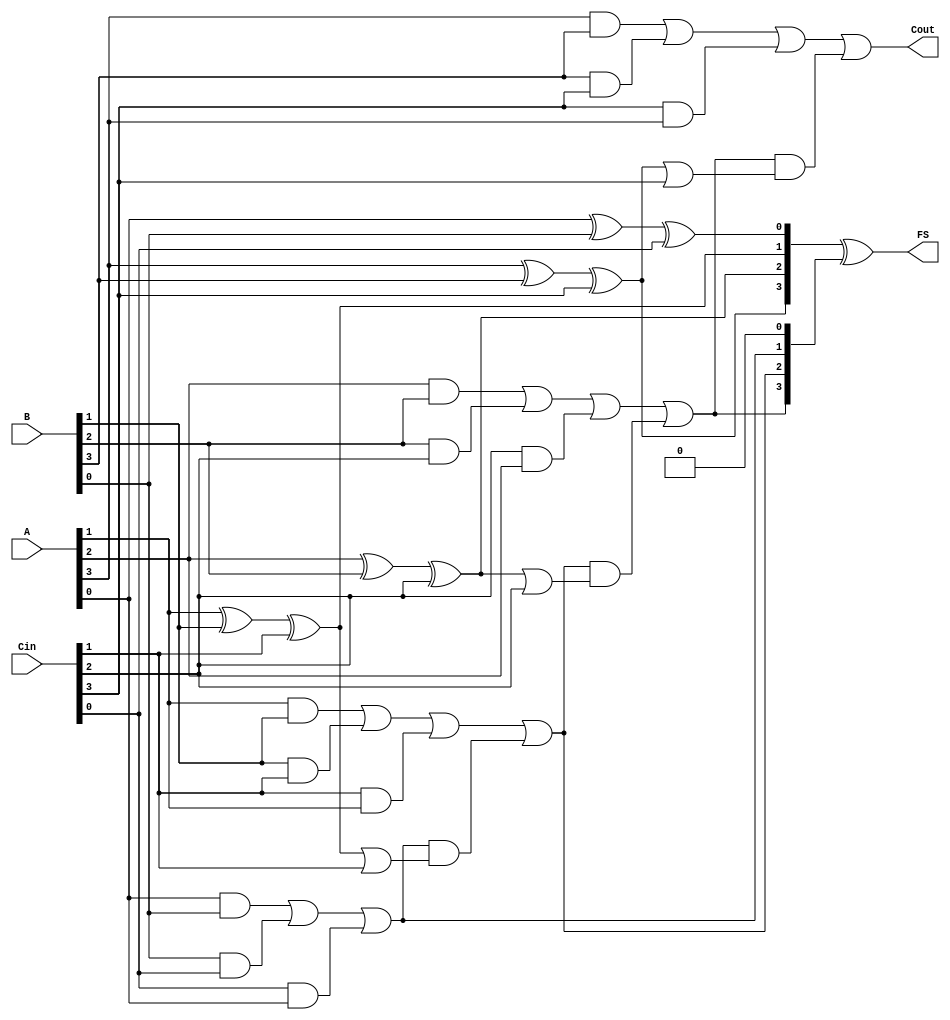
module CarrySaveAdder #(parameter WIDTH = 4) (
    input  wire [WIDTH-1:0] A,      // First input
    input  wire [WIDTH-1:0] B,      // Second input
    input  wire [WIDTH-1:0] Cin,     // Carry input
    output wire [WIDTH-1:0] FS,      // Final Sum
    output wire Cout                 // Final Carry Out
);

    // Partial Sum and Carry Generation
    wire [WIDTH-1:0] S; // Partial Sum
    wire [WIDTH-1:0] C; // Partial Carry

    // Generate Partial Sum and Carry
    genvar i;
    generate
        for (i = 0; i < WIDTH; i = i + 1) begin : CSA
            assign S[i] = A[i] ^ B[i] ^ Cin[i]; // Sum
            assign C[i] = (A[i] & B[i]) | (B[i] & Cin[i]) | (Cin[i] & A[i]); // Carry
        end
    endgenerate

    // Carry Propagation Stage
    wire [WIDTH:0] carry; // Extended carry to handle overflow
    assign carry[0] = 0; // Initial carry is zero

    generate
        for (i = 0; i < WIDTH; i = i + 1) begin : CPA
            assign carry[i+1] = C[i] | (carry[i] & (S[i] | Cin[i])); // Propagate carry
        end
    endgenerate

    // Final Sum Calculation
    assign FS = S ^ carry[WIDTH-1:0]; // Final Sum
    assign Cout = carry[WIDTH]; // Final Carry Out

endmodule